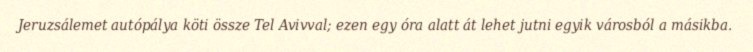
Jeruzsálemet autópálya köti össze Tel Avivval; ezen egy óra alatt át lehet jutni egyik városból a másikba.